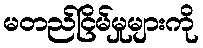
မတည်ငြိမ်မှုများကို